Annual statistical returns and brief notes on vaccination in Bengal - 1909-1929
Year: 1909
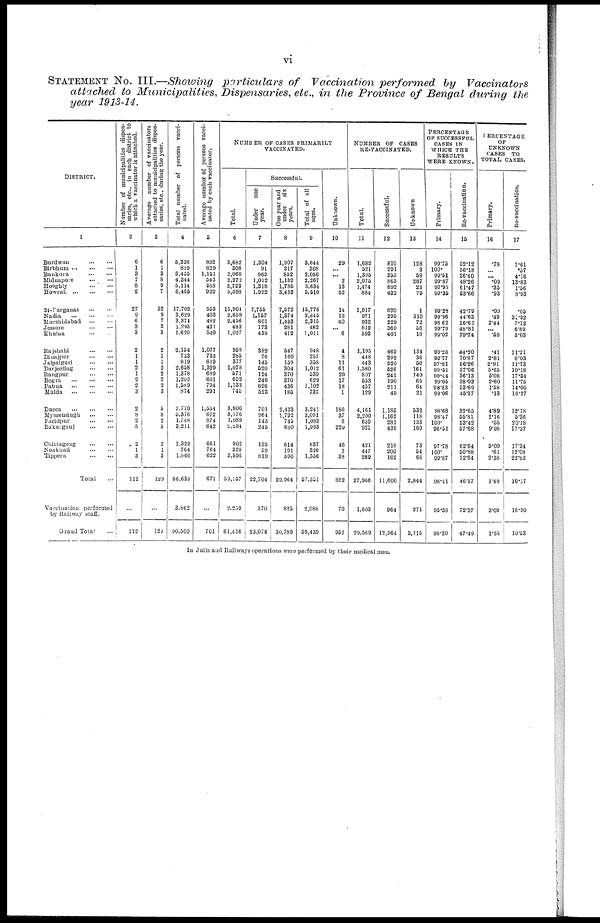
vi
STATEMENT No. III.—Showing particulars of Vaccination performed by Vaccinators
attached to Municipalities, Dispensaries, etc., in the Province of Bengal during the
year 1913-14.
DISTRICT.
1
Burdwan
...
...
Birbhum
...
...
...
Bankura
...
...
Midnapore
... ...
Hooghly ... ...
Howrah
...
...
...
24-Parganas
...
...
Nadia
...
...
...
Murshidabad
...
...
Jessore
...
...
Khulna
...
...
Rajshahi
...
...
Dinajpur
...
...
Jalpaiguri
...
...
Darjeeling
...
...
Rangpur
...
...
Bogra
...
...
...
Pabna
...
...
...
Malda
...
...
...
Dacca
...
...
...
Mymensingh
...
...
Faridpur
...
...
Bakarganj
...
...
Chittagong
...
...
Noakhali
...
...
Tippera
...
...
Total ...
Vaccination performed
by Railway staff.
Grand Total ...
Number of municipalities dispen-
saries, etc., in each district to
which a vaccinator is attached.
2
6
1
3
7
8
2
27
9
6
3
3
2
1
1
2
1
2
2
3
2
8
2
5
2
1
3
112
...
112
Average number of vaccinators
attached to municipalities dispen¬
saries, etc, during the year.
3
6
1
3
8
9
7
32
9
7
3
3
2
1
1
2
2
2
2
3
5
8
2
5
2
1
3
129
...
129
Total number of persons vacci-
nated.
4
5,356
829
3,455
4,344
5,114
6,455
17,702
3,629
3,374
1,295
1,620
2,154
733
819
2,658
1,378
1,202
1,589
874
7,770
5,376
1,748
3,211
1,323
764
1,866
86,638
3,862
90,500
Average number of persons vacci-
nated by each vaccinator.
5
892
829
1,151
543
568
922
553
403
482
431
540
1,077
733
819
1,329
689
601
794
291
1,554
672
874
642
661
764
622
671
...
701
NUMBER OF CASES PRIMARILY
VACCINATED.
Total.
6
3,682
308
2,060
2,272
3,723
5,698
15,904
2,659
2,456
483
1,027
959
285
377
1,078
571
652
1,133
745
3,800
3,176
1,089
2,294
902
328
2,596
59,157
2,259
61,416
Successful.
Under
one
year.
7
1,304
91
965
1,012
1,318
1,992
7,755
1,157
801
173
438
382
76
145
520
124
246
626
523
701
964
143
245
125
59
819
22,704
370
23,074
One year and
under
six
years.
8
1,907
217
852
1,132
1,785
3,433
7,572
1,374
1,433
281
412
547
160
159
304
370
370
436
185
2,423
1,792
745
680
614
191
590
29,964
825
30,789
Total of all
ages.
9
3,644
308
2,050
2,267
3,634
5,510
15,776
2,645
2,315
482
1,011
948
257
358
1,012
539
629
1,102
737
3,241
3,091
1,083
1,993
837
326
1,556
57,351
2,088
59,439
Unknown.
10
29
...
... 2
13
52
14
13
60
... 6
4
8
11
61
29
17
18
1
186
37
6
229
46
2
38
882
70
952
NUMBER OF CASES
RE-VACCINATED.
Total.
11
1,682
521
1,395
2,075
1,474
884
1,917
971
932
812
593
1,195
448
443
1,580
807
553
457
129
4,161
2,200
659
921
421
447
289
27,966
1,603
29,569
Successful.
12
810
291
353
863
892
432
820
295
229
369
401
469
292
220
526
241
190
211
49
1,185
1,162
281
439
218
200
162
11,600
964
12,564
Unknown
13
128
3
58
287
23
79
1
310
72
56
18
134
36
52
161
140
65
64
21
532
118
133
160
73
54
66
2,844
271
3,115
PERCENTAGE
OF SUCCESSFUL
CASES IN
WHICH THE
RESULTS
WERE KNOWN.
Primary.
14
99.75
100.
99.51
99.87
97.95
99.35
99.28
99.96
96.62
99.79
99.02
99.26
92.77
97.81
99.51
99.44
99.05
98.83
99.06
98.68
98.47
100.
96.51
97.78
100.
99.87
98.41
95.38
98.30
Re-vaccination.
15
52.12
56.18
26.40
48.26
61.47
53.66
42.79
44.63
26.62
48.81
79.74
44.20
70.87
56.26
37.06
36.13
38.93
53.69
45.37
32.65
55.81
53.42
57.68
62.64
50.88
72.64
46.17
72.37
47.49
PERCENTAGE
OF
UNKNOWN
CASES TO
TOTAL CASES.
Primary.
16
.78
... ... .09
.35
.93
.09
.49
2.44
... .58
.41
2.81
2.91
5.65
5.08
2.60
1.58
.13
4.89
1.16
.55
9.98
5.09
.61
2.38
1.49
3.09
1.55
Re-vaccination.
17
7.61
.57
4.16
13.83
1.56
8.93
.05
31.92
7.72
6.89
3.03
11.21
8.03
11.73
10.18
17.34
11.75
14.00
16.27
12.78
5.36
20.18
17.37
17.34
12.08
22.83
10.17
16.90
10.53
In Jails and Railways operations were performed by their medical men.